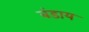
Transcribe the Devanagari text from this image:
बंडाय